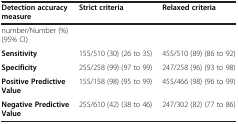
<table><thead><tr><td><b>Detection accuracy measure</b></td><td><b>Strict criteria</b></td><td><b>Relaxed criteria</b></td></tr></thead><tbody><tr><td colspan="3">number/Number (%) (95% CI)</td></tr><tr><td><b>Sensitivity</b></td><td>155/510 (30) (26 to 35)</td><td>455/510 (89) (86 to 92)</td></tr><tr><td><b>Specificity</b></td><td>255/258 (99) (97 to 99)</td><td>247/258 (96) (93 to 98)</td></tr><tr><td><b>Positive Predictive Value</b></td><td>155/158 (98) (95 to 99)</td><td>455/466 (98) (96 to 99)</td></tr><tr><td><b>Negative Predictive Value</b></td><td>255/610 (42) (38 to 46)</td><td>247/302 (82) (77 to 86)</td></tr></tbody></table>